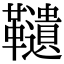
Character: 䪋